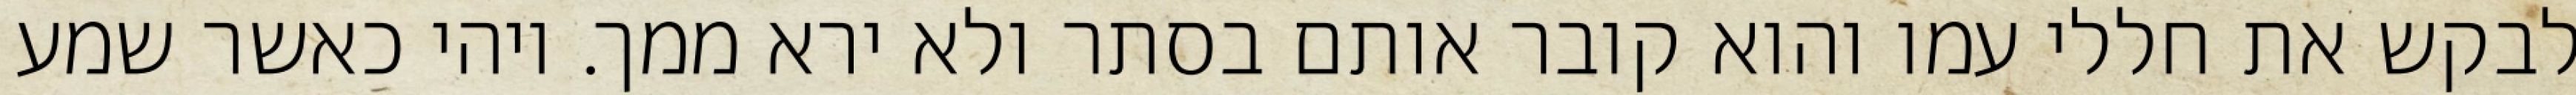
לבקש את חללי עמו והוא קובר אותם בסתר ולא ירא ממך. ויהי כאשר שמע